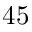
4 5